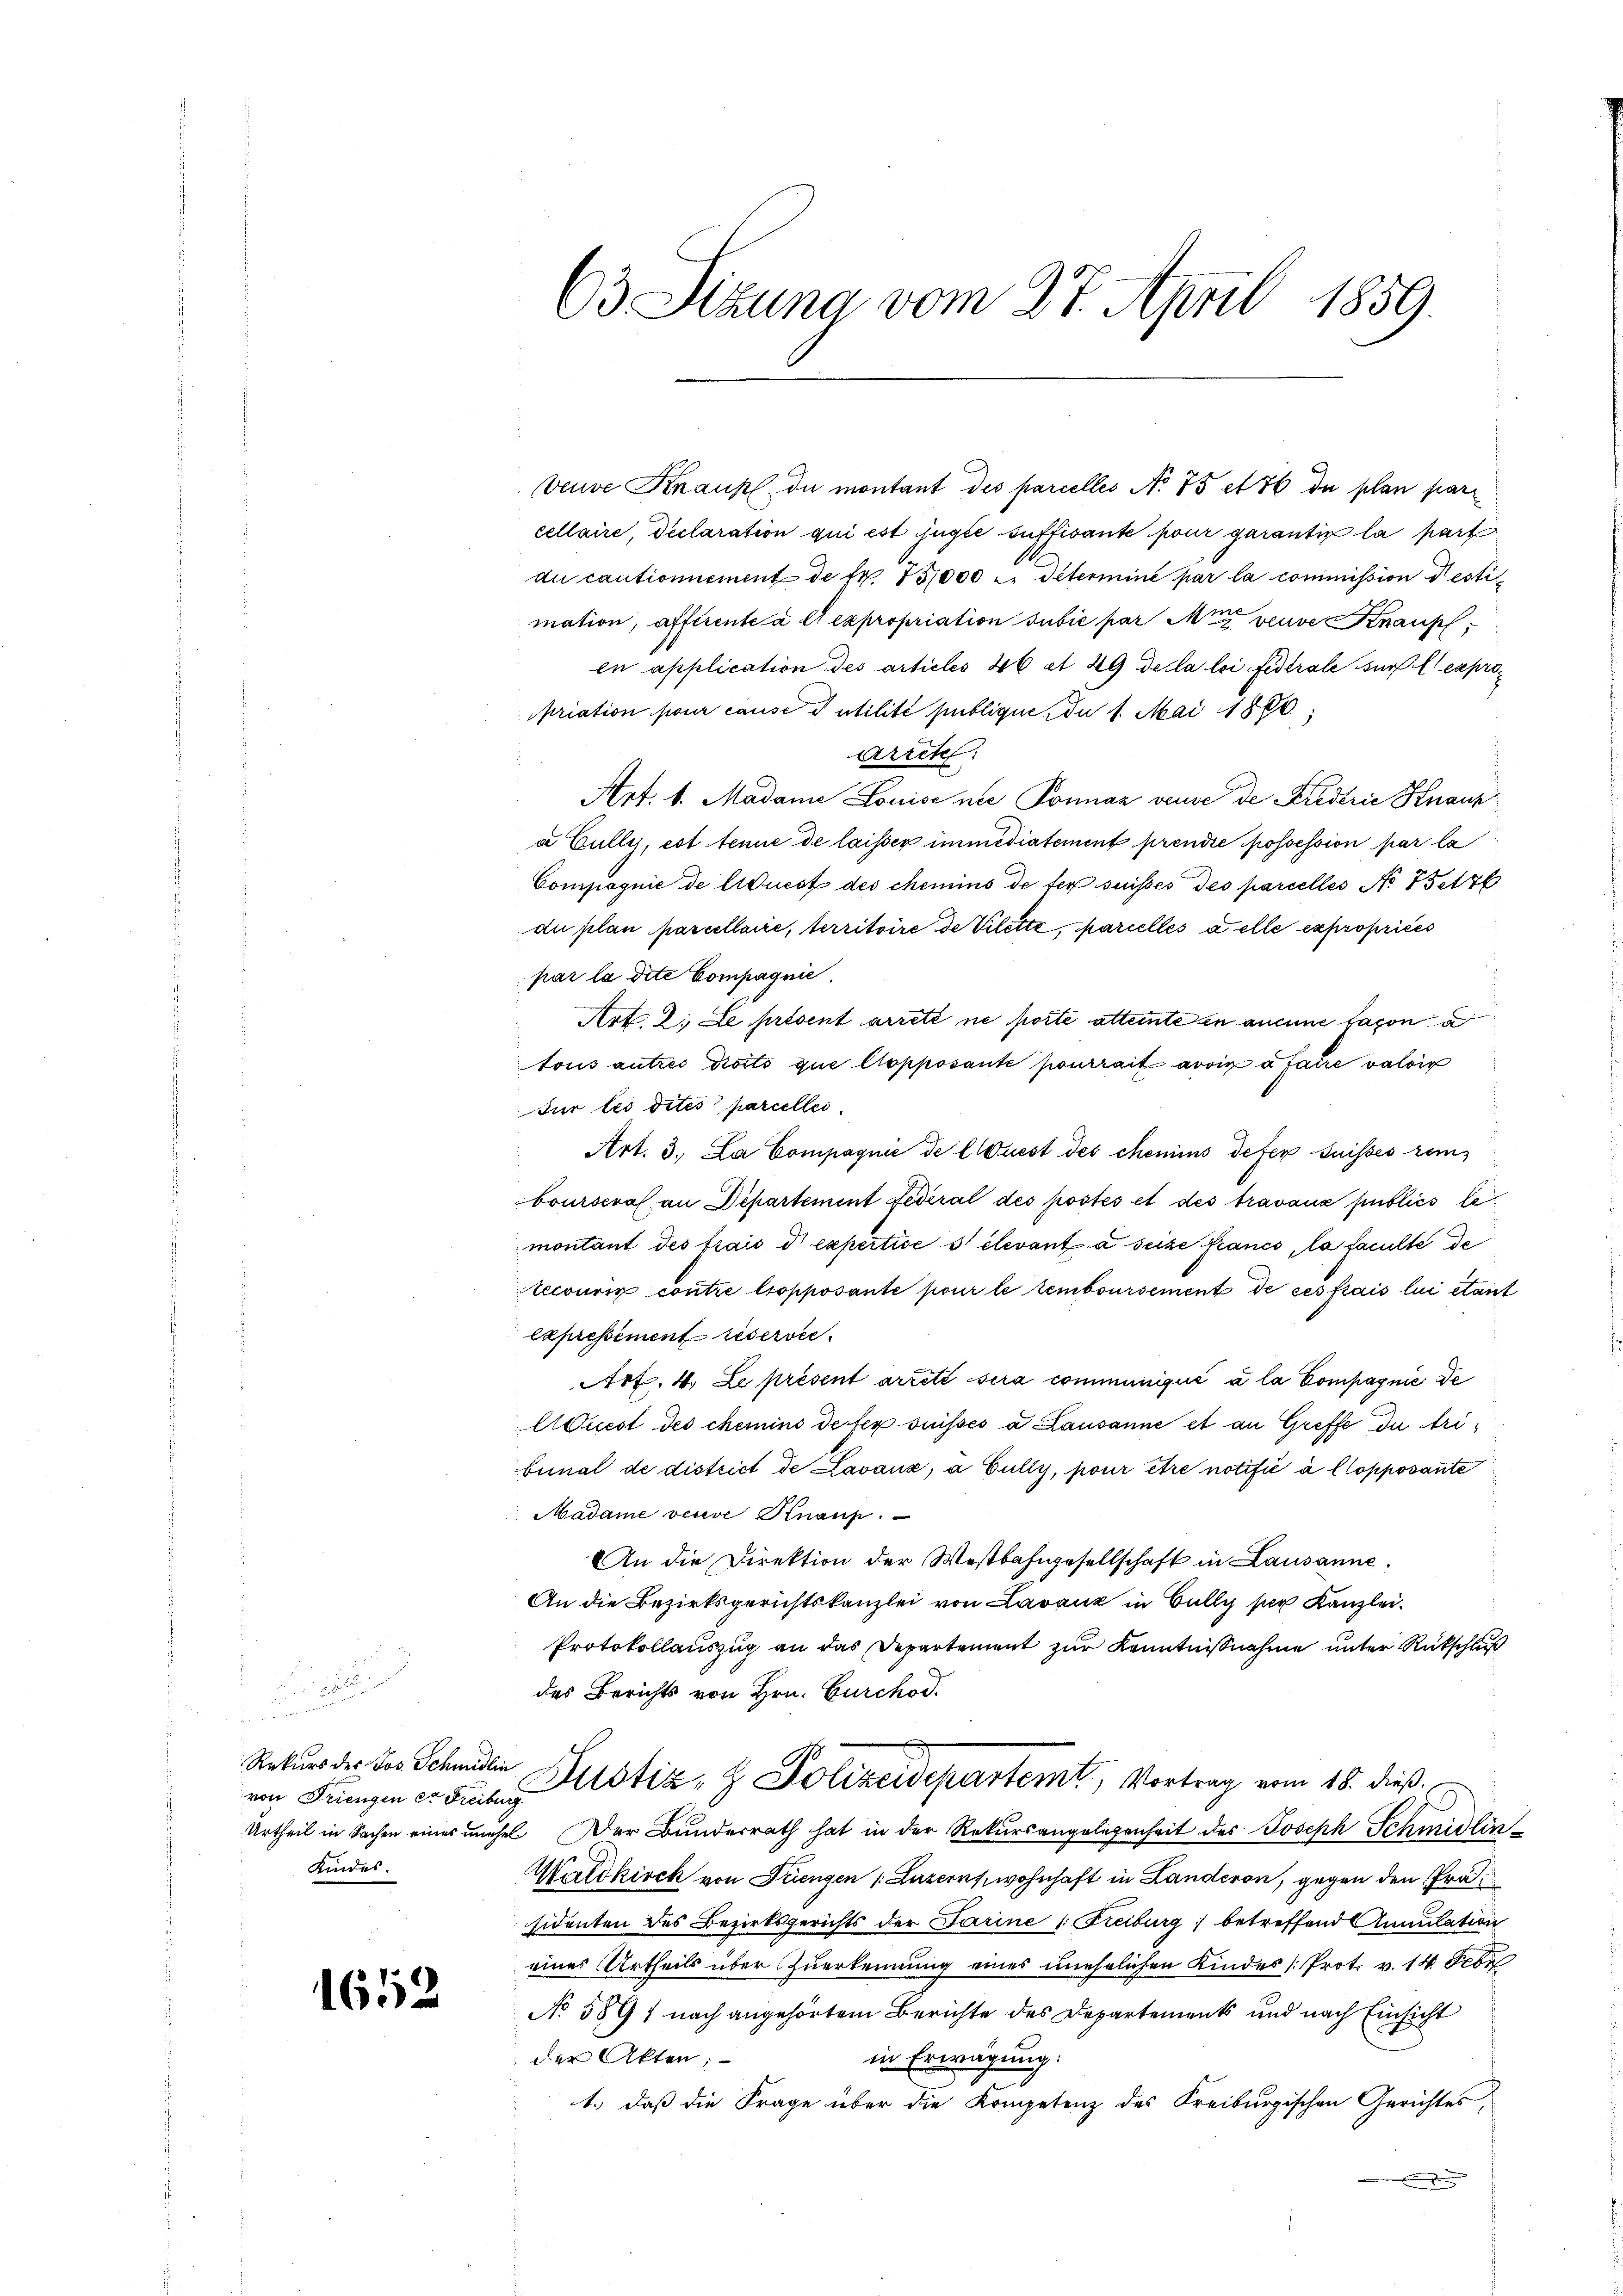
von Triengen er Freiburg
Kindes.

1652

63 Sizung vom 27. April 1859.

Veuve Knaus de montant des parcelles No 75 et 76 de schon par
cellaire, declaration qui est jugée suffisante pour garantie la part
di cautionnement de fr. 75,000 u. Peterminé par la commission Nesti
mation, afferente à et expropriation subie par M veuve Knaus,
en application des articles 46 et 29 della loi festrale sur l. expropriation pour cause d utilité publique, du 1. Mai 1890.
Arrcte:
Art. 1. Madame Louise nie Ponnaz veuve de Kredtrić Knauz
a Cully, est tenue de laisser immediatement prendre possession par la
Compagnie de liquest des chemins de fer suisses des parcelles No 75etz
due plan parcellarie, territoire de Vilette, Marcellés à elle expropriées
par la dite Compagnie.
Art. 2. Le présent arreté ne porte attente in aucune façon a
tous autres droits que llopposante pourrait avoir à faire valoir
für les dites parcelles.
Art. 3. La Compagnie de l Quest des chemins defer Suisses remboursera an Departement Federal des postés et des travaux publics lemontant des frais d expertise s elevant a seite francs, la faculte de
tecouris contre l’opposante pour le remboursement de ces frais lui étant
Expressément réserver
Art. 4. Le présent arreté sera communiqué à la Compagnie de
Auest des chemins de fer süssés a Lausanne et an Greffe du Tribunal de district de Lavaux, à Cully, pour être notifié à llopposante
Madame veuve Knaup.
An die Direktion der Westbahngesellschaft in Lausanne.
An die Bezirksgerichtskanzlei von Lavanz in Bully per Kanzlei¬
Protokollauszug an das Departement zur Kenntnißnahme unter Rückschluß
des Berichts von Hrn. Burchod.
Rekurs der des Schmidlin Justiz- & Polizeidepartemt, Vortrag vom 18. dieß
Urtheil in Sachen eines unehel. Der Bundesrath hat in der Rekursangelegenheit des Joseph Schmidlin
Waldkirch von Triengen (Luzerns wohnhaft in Landeron, gegen den Präsidenten des Bezirksgerichts der Darine s. Freiburg; betreffend Annulation
eines Urtheils über zuerkennung eines unehelichen Kindes Prot. v. 14. Febr
No 589 ; nach angehörtem Berichte des Departements und nach Einsicht
in Erwägung:
der Akten;
1.) daß die Frage über die Kompetenz des Freiburgischen Gerichtes,